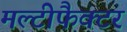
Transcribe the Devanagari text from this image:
मल्टीफैक्टर